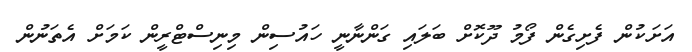
އަށަކުން ފެށިގެން ފޯމު ދޫކޮށް ބަލައި ގަންނާނީ ހައުސިން މިނިސްޓްރީން ކަމަށް އެތަނުން